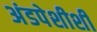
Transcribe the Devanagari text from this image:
अंडपेशीशी